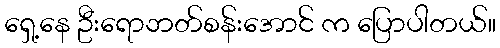
ရှေ့နေ ဦးရောဘတ်စန်းအောင် က ပြောပါတယ်။